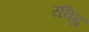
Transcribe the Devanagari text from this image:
रविद्र